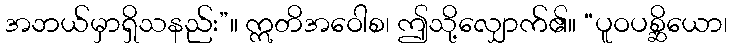
အဘယ်မှာရှိသနည်း”။ ဣတိအဝေါစ၊ ဤသို့လျှောက်၏။ “ပူဝပစ္ဆိယော၊